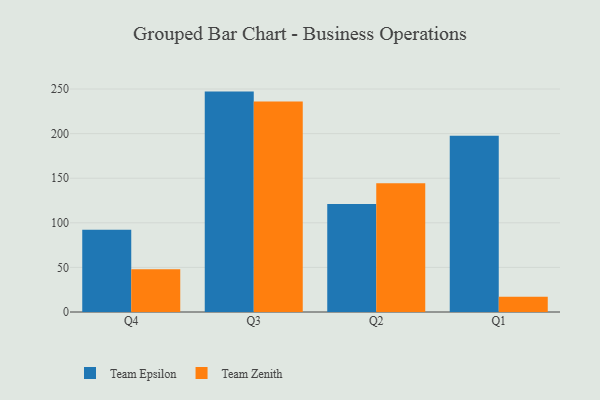
{"axis": {"x": "Quarter", "y": "Net Income (USD K)"}, "legend": ["Team Epsilon", "Team Zenith"], "data": [{"x": "Q4", "y": 92.2, "type": "Team Epsilon"}, {"x": "Q4", "y": 47.8, "type": "Team Zenith"}, {"x": "Q3", "y": 247.1, "type": "Team Epsilon"}, {"x": "Q3", "y": 236.1, "type": "Team Zenith"}, {"x": "Q2", "y": 121.1, "type": "Team Epsilon"}, {"x": "Q2", "y": 144.4, "type": "Team Zenith"}, {"x": "Q1", "y": 197.5, "type": "Team Epsilon"}, {"x": "Q1", "y": 17.0, "type": "Team Zenith"}]}